Vital statistics of India. Vol. VI, European troops 1870-79
Year: 1870
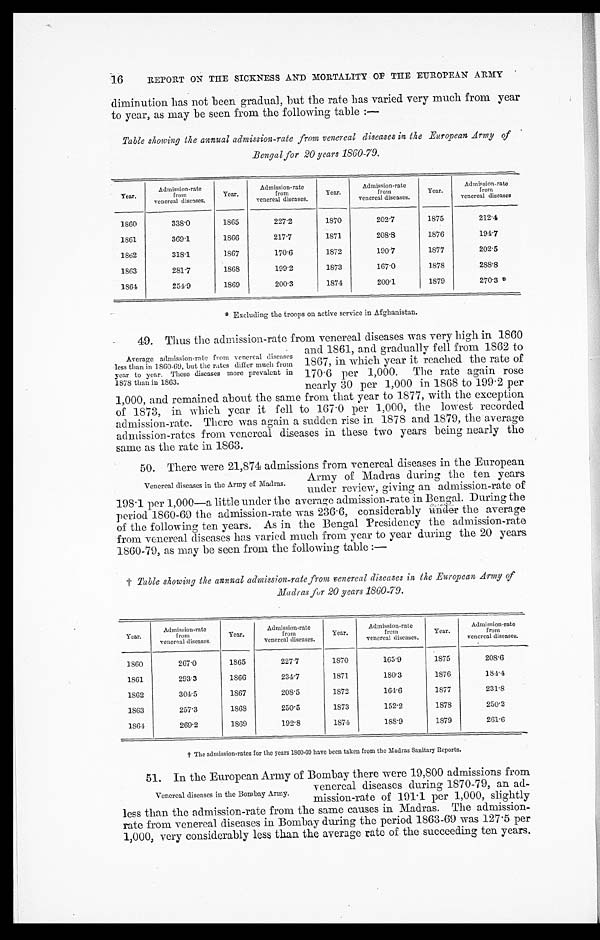
16
REPORT ON THE SICKNESS AND MORTALITY OF THE EUROPEAN ARMY
diminution has not been gradual, but the rate has varied very much from year
to year, as may be seen from the following table :—
Table showing the annual admission-rate from venereal diseases in the European Army of
Bengal for 20 years 1860-79.
Year.
Admission-rate
from
venereal diseases.
Year.
Admission-rate
from
venereal diseases.
Year.
Admission-rate
from
venereal diseases.
Year.
Admission-rate
from
venereal diseases
1860
338.0
1865
227.2
1870
202.7
1875
212.4
1861
369.1
1866
217.7
1871
208.8
1876
194.7
1862
318.1
1867
170.6
1872
190.7
1877
202.5
1863
281.7
1868
199.2
1873
167.0
1878
288.8
1864
254.9
1869
200.3
1874
200.1
1879
270.3 *
* Excluding the troops on active service in Afghanistan.
49. Thus the admission-rate from venereal diseases was very high in 1800
Average admission-rate from venereal diseases
less than in 1860-69, but the rates differ much from
year to year. These diseases more prevalent in
1878 than in 1863.
and 1861, and gradually fell from 1862 to
1867, in which year it reached the rate of
170.6 per 1,000. The rate again rose
nearly 30 per 1,000 in 1868 to 199 . 2 per
1,000, and remained about the same from that year to 1877, with the exception
of 1873, in which year it fell to 167.0 per 1,000, the lowest recorded
admission-rate. There was again a sudden rise in 1878 and 1879, the average
admission-rates from venereal diseases in these two years being nearly the
same as the rate in 1863.
50. There were 21,874 admissions from venereal diseases in the European
Army of Madras during the ten years
under review, giving an admission-rate of
198.1 per 1,000—a little under the average admission-rate in Bengal. During the
period 1860-69 the admission-rate was 236.6, considerably under the average
of the following ten years. As in the Bengal Presidency the admission-rate
from venereal diseases has varied much from year to year during the 20 years
1860-79, as may be seen from the following table :—
†
Table showing the annual admission-rate from venereal diseases in the European Army of
Madras for 20 years 1860-79.
Year.
Admission-rate
from
venereal diseases.
Year.
Admission-rate
from
venereal diseases.
Year.
Admission-rate
from
venereal diseases.
Year.
Admi scion-rate
from
venereal diseases.
1860
267.0
1865
227.7
1870
165.9
1875
208.6
1861
293.3
1866
234.7
1871
180.3
1876
181.4
1862
304.5
1867
208.5
1872
164.6
1877
231.8
1863
257.3
1868
250.5
1873
152.2
1878
250.2
1864
269.2
1869
192.8
1874
188.9
1879
261.6
†
†
The admission-rates for the years 1860-69 have been taken from the Madras Sanitary Reports.
51.
In the European Army of Bombay there were 19,800 admissions from
Venereal diseases in the Army of Madras.
venereal diseases during M70-79, an ad-
mission-rate of 191 . 1 per 1,000, slightly
less than the admission-rate from the same causes in Madras. The admission-
rate from venereal diseases in Bombay during the period 1863-69 was 127 . 5 per
1,000, very considerably less than the average rate of the succeeding ten years,
Venereal diseases in the Bombay Army.